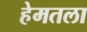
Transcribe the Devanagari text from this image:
हेमतला